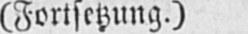
(Fortsetzung,)